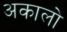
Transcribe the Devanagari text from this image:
अकालो